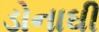
ડોનાઘી